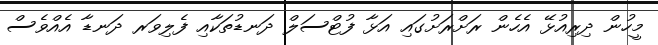
މީހުން ދިރިއުޅޭ އެހެން ރަށްރަށުގައި އަޅާ ފުޓްސަލް ދަނޑުތަކާއި ފެލިވަރ ދަނޑާ އެއްވެސް